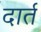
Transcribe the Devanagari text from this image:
दार्त